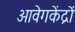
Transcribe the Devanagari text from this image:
आवेगकेंद्रों